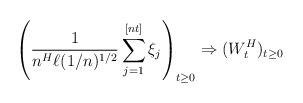
LaTeX: \begin{align*} \left(\frac{1}{n^H \ell(1/n)^{1/2}}\sum_{j=1}^{[nt]} \xi_j\right)_{t\geq 0} \Rightarrow (W^H_t)_{t\geq 0}\end{align*}